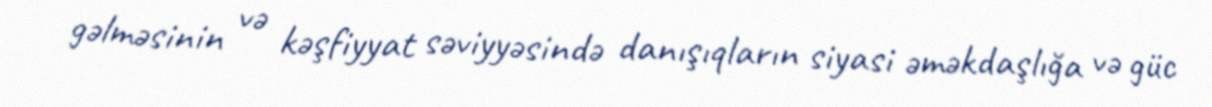
gəlməsinin və kəşfiyyat səviyyəsində danışıqların siyasi əməkdaşlığa və güc